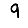
Digit: 9